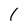
Character: 1